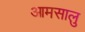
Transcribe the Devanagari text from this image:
आमसालु